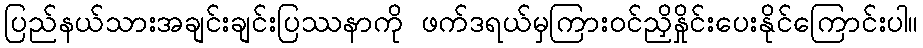
ပြည်နယ်သားအချင်းချင်းပြဿနာကို ဖက်ဒရယ်မှကြားဝင်ညှိနှိုင်းပေးနိုင်ကြောင်းပါ။